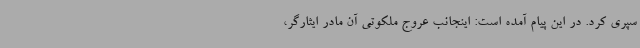
سپری کرد. در این پیام آمده است: اینجانب عروج ملکوتی آن مادر ایثارگر،